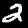
Digit: 2